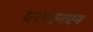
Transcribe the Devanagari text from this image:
एसएनएन